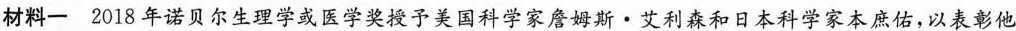
材料一2018年诺贝尔生理学或医学奖授予美国科学家詹姆斯·艾利森和日本科学家本庶佑，以表彰他